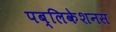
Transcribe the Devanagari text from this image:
पब्लिकेशनस